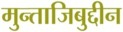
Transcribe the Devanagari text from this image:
मुन्ताजिबुद्दीन